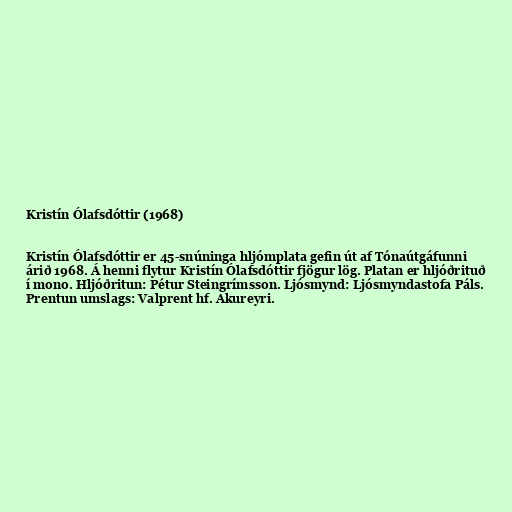
Kristín Ólafsdóttir (1968)

Kristín Ólafsdóttir er 45-snúninga hljómplata gefin út af Tónaútgáfunni
árið 1968. Á henni flytur Kristín Ólafsdóttir fjögur lög. Platan er hljóðrituð
í mono. Hljóðritun: Pétur Steingrímsson. Ljósmynd: Ljósmyndastofa Páls.
Prentun umslags: Valprent hf. Akureyri.